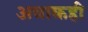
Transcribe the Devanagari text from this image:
अवाकही